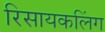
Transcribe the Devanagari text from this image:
रिसायकलिंग